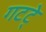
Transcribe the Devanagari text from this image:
गटटे्